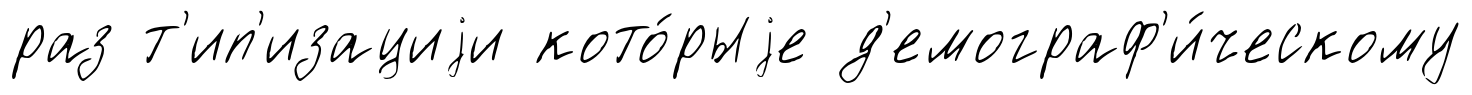
раз т'ип'изациjи кото́рыjе д'емограф'и́ческому